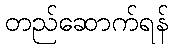
တည်ဆောက်ရန်